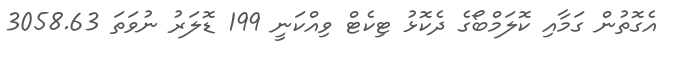
އެގޮތުން ގަމާއި ކޮލަމްބޯގެ ދެކޮޅު ޓިކެޓް ވިއްކަނީ 199 ޑޮލަރު ނުވަތަ 3058.63